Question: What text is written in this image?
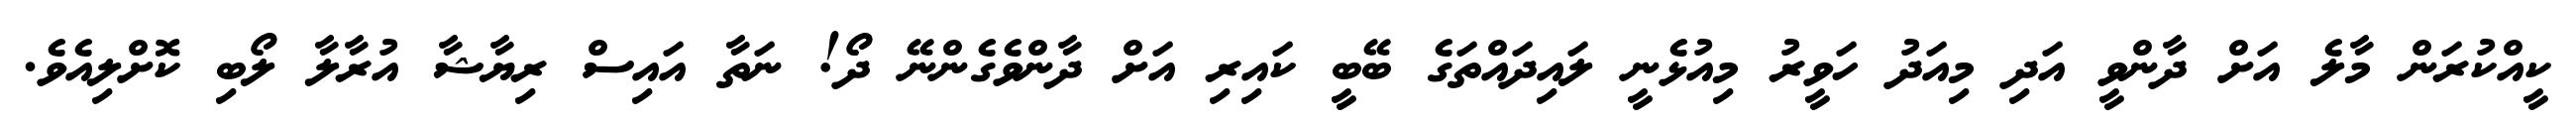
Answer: ކީއްކުރަން މާލެ އަށް ދާންވީ އަދި މިއަދު ހަވީރު މިއުޅެނީ ލައިދައްތަގެ ބޭބީ ކައިރި އަށް ދާންވެގެންނޭ ދޯ! ނަތާ އައިސް ރިޔާޝާ އުރާލާ ލޯބި ކޮށްލިއެވެ.